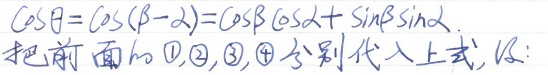
\(\cos\theta = \cos(\beta - \alpha)=\cos\beta\cos\alpha+\sin\beta\sin\alpha\)。把前面的\(\textcircled{1},\textcircled{2},\textcircled{3},\textcircled{4}\)分别代入上式，得：